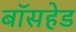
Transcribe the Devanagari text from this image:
बॉसहेड